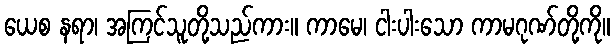
ယေစ နရာ၊ အကြင်သူတို့သည်ကား။ ကာမေ၊ ငါးပါးသော ကာမဂုဏ်တို့ကို။